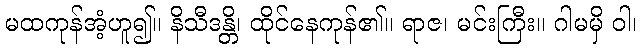
မထကုန်အံ့ဟူ၍။ နိသီဒန္တိ၊ ထိုင်နေကုန်၏။ ရာဇ၊ မင်းကြီး။ ဂါမမှိ ဝါ၊